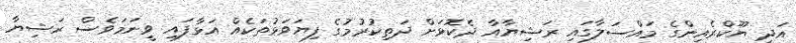
އަދި ޔޫކްރެއިންގެ މައްސަލާގައި ރަޝިޔާއާ ދެކޮޅަށް ދަތިކުރުމުގެ ފިޔަވަޅުތަކެއް އަޅާފައި ވީނަމަވެސް ރަޝިޔާ